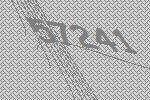
57241